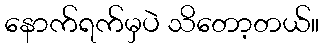
နောက်ရက်မှပဲ သိတော့တယ်။